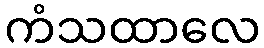
ကံသထာလေ